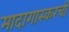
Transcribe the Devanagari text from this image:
मादागास्करची